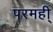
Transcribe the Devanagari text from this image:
परमही्